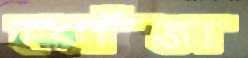
খোঁজা